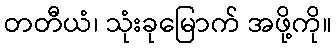
တတီယံ၊ သုံးခုမြောက် အဖို့ကို။